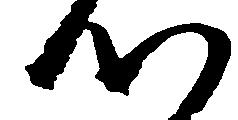
つ